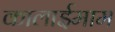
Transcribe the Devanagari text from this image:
कालाईमाम